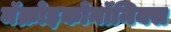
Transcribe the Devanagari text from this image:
मॅक्रोइकोनॉमिक्स